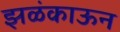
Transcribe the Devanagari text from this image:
झळंकाऊन